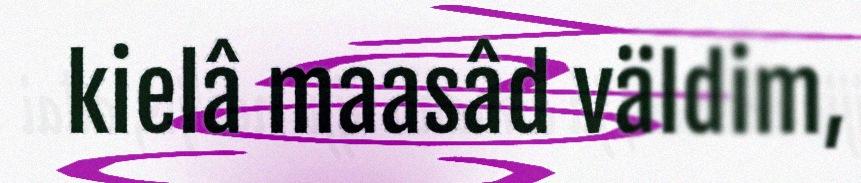
kielâ maasâd väldim,